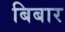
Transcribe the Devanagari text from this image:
बिबार